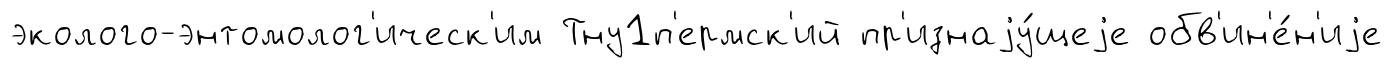
эколого-энтомолог'ическ'им Тну1п'ермск'ий пр'изнаjу́щеjе обв'ин'е́н'иjе